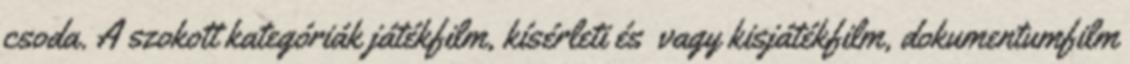
csoda. A szokott kategóriák játékfilm, kísérleti és vagy kisjátékfilm, dokumentumfilm